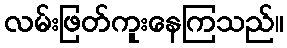
လမ်းဖြတ်ကူးနေကြသည်။